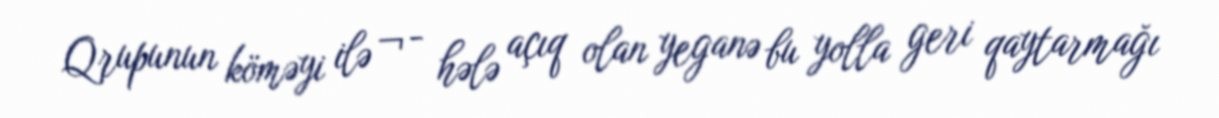
Qrupunun köməyi ilə ¬- hələ açıq olan yeganə bu yolla geri qaytarmağı